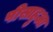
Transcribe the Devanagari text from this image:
पीसाहुआ